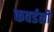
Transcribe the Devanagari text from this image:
कवर्डली